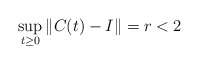
\begin{align*}\sup_{t\geq0}\|C(t)-I\|=r<2\end{align*}